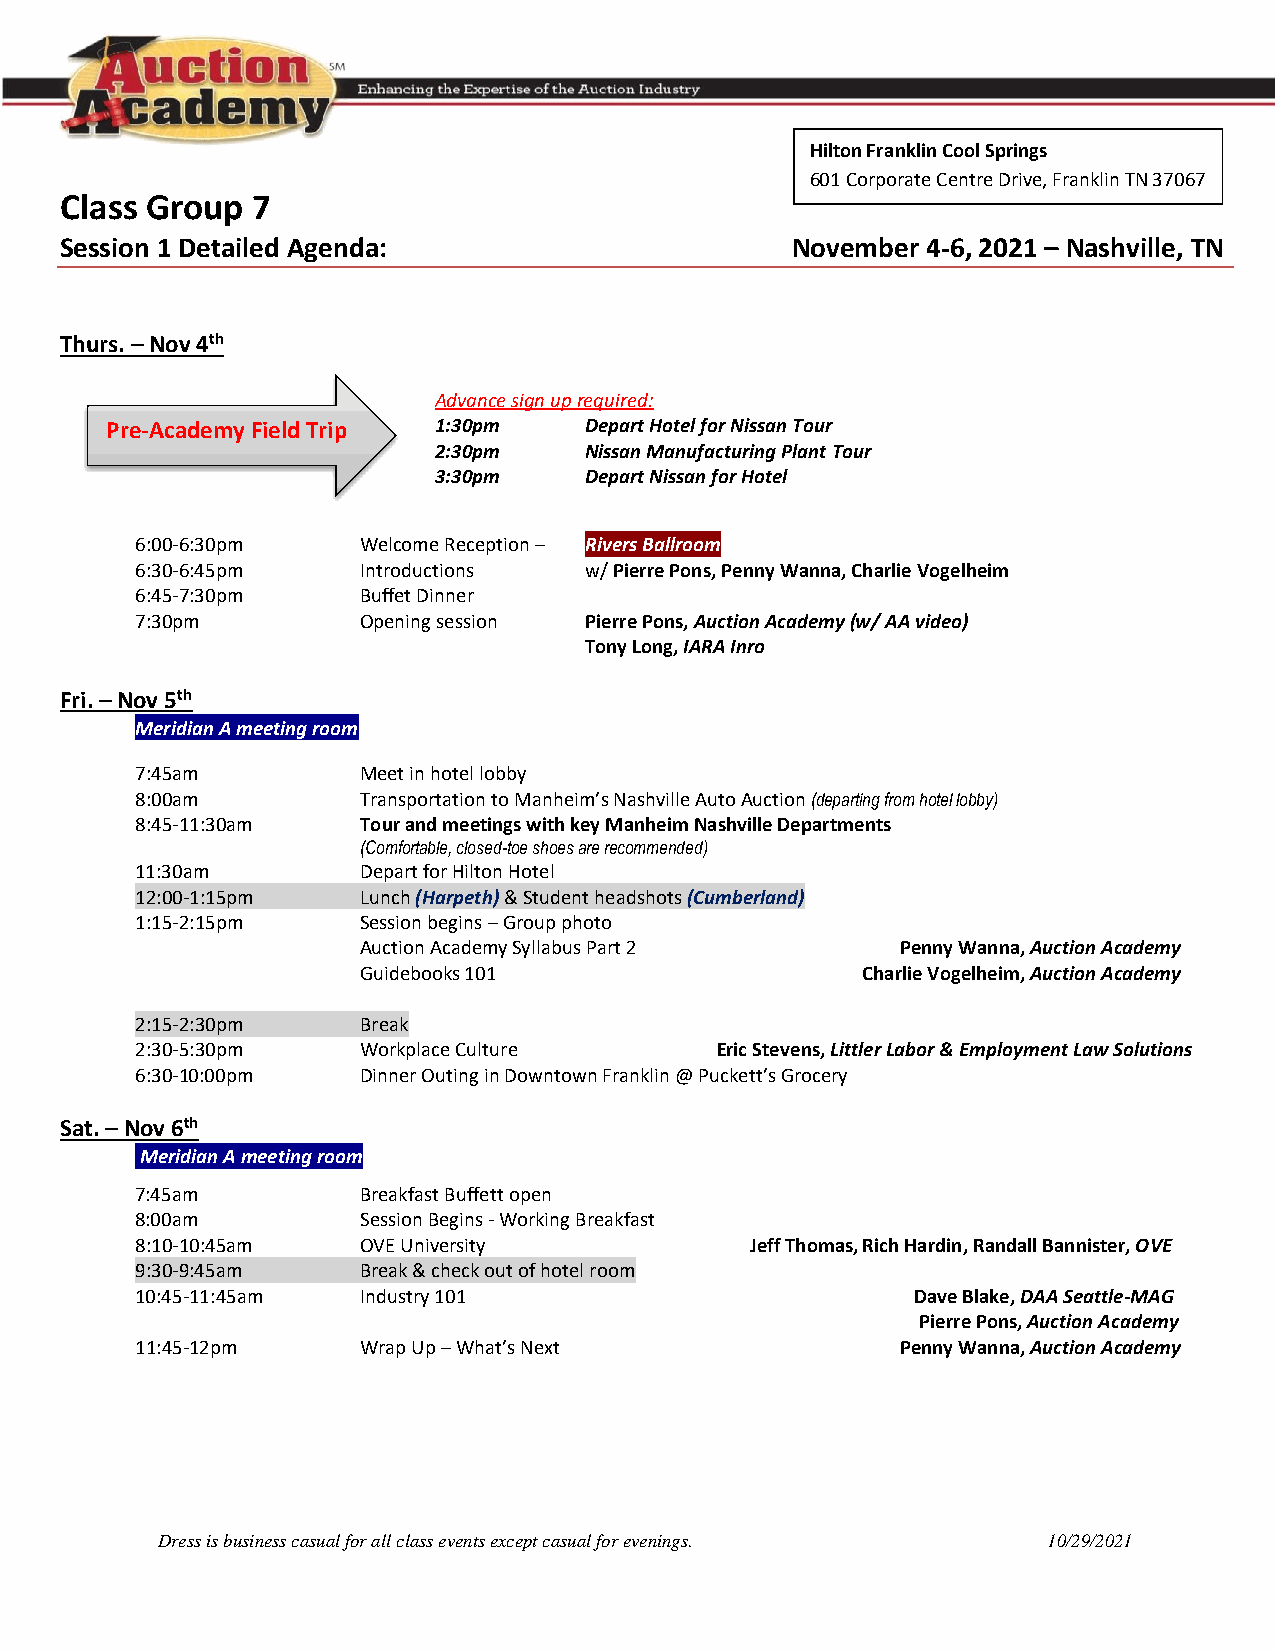
Hilton Franklin Cool Springs
 601 Corporate Centre Drive, Franklin TN 37067
 Class Group  7
 Session 1 Detailed Agenda:                      November 4-6, 2021 – Nashville, TN
 Thurs. – Nov 4th
 Advance sign up required:
 Pre-Academy Field Trip 1:30pm   Depart Hotel for Nissan Tour
 2:30pm    Nissan Manufacturing Plant Tour
 3:30pm    Depart Nissan for Hotel
 6:00-6:30pm    Welcome Reception – Rivers Ballroom
 6:30-6:45pm    Introductions  w/ Pierre Pons, Penny Wanna, Charlie Vogelheim
 6:45-7:30pm    Buffet Dinner
 7:30pm         Opening session Pierre Pons, Auction Academy (w/ AA video)
 Tony Long, IARA Inro
 Fri. – Nov 5th
 Meridian A meeting room
 7:45am         Meet in hotel lobby
 8:00am         Transportation to Manheim’s Nashville Auto Auction (departing from hotel lobby)
 8:45-11:30am   Tour and meetings with key Manheim Nashville Departments
 (Comfortable, closed-toe shoes are recommended)
 11:30am        Depart for Hilton Hotel
 12:00-1:15pm   Lunch (Harpeth) & Student headshots (Cumberland)
 1:15-2:15pm    Session begins – Group photo
 Auction Academy Syllabus Part 2     Penny Wanna, Auction Academy
 Guidebooks 101                   Charlie Vogelheim, Auction Academy
 2:15-2:30pm    Break
 2:30-5:30pm    Workplace Culture      Eric Stevens, Littler Labor & Employment Law Solutions
 6:30-10:00pm   Dinner Outing in Downtown Franklin @ Puckett’s Grocery
 Sat. – Nov 6th
 Meridian A meeting room
 7:45am         Breakfast Buffett open
 8:00am         Session Begins - Working Breakfast
 8:10-10:45am   OVE University            Jeff Thomas, Rich Hardin, Randall Bannister, OVE
 9:30-9:45am    Break & check out of hotel room
 10:45-11:45am  Industry 101                         Dave Blake, DAA Seattle-MAG
 Pierre Pons, Auction Academy
 11:45-12pm     Wrap Up – What’s Next               Penny Wanna, Auction Academy
 Dress is business casual for all class events except casual for evenings. 10/29/2021